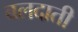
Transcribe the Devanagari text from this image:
बलदाती